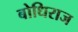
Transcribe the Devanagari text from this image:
बोधिराज